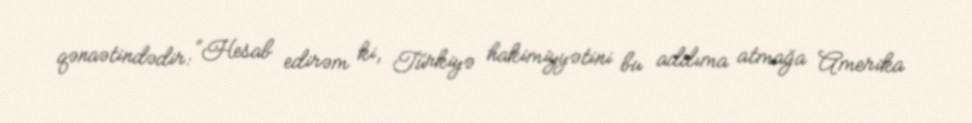
qənaətindədir: “Hesab edirəm ki, Türkiyə hakimiyyətini bu addıma atmağa Amerika